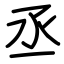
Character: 丞